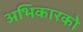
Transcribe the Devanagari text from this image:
अभिकारको